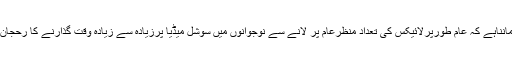
وہیں ماہرین کامانناہے کہ عام طورپرلائیکس کی تعداد منظرعام پر لانے سے نوجوانوں میں سوشل میڈیا پرزیادہ سے زیادہ وقت گذارنے کا رحجان بڑھتاجارہاہے۔